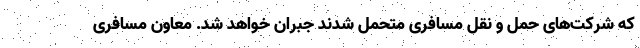
که شرکت‌های حمل و نقل مسافری متحمل شدند جبران خواهد شد. معاون مسافری